Annual report of the Bengal Veterinary College and of the Civil Veterinary Department, Bengal, for the year 1899-1900 - 1899-1900
Year: 1899
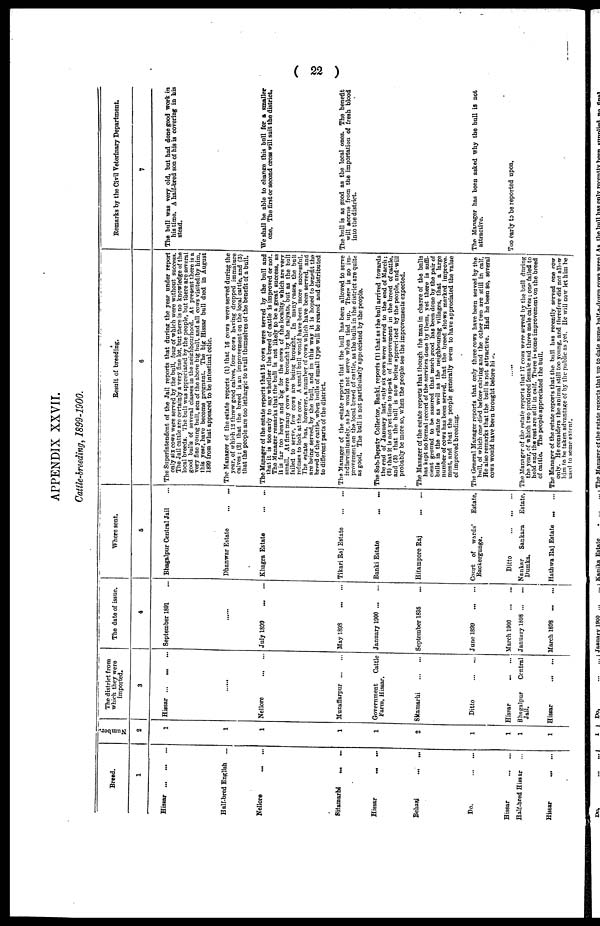
( 22 )
APPENDIX XXVII.
Cattle-breeding, 1899-1900.
Breed.
1
Hissar ... ... ...
Half-bred English ...
Nellore ... ...
Sitamarhi ... ...
Hissar ... ...
Behasi ... ...
Do. ... ...
Hissar ... ...
Half-bred Hissar ...
Hissar ... ...
Number.
2
1
1
1
1
1
2
1
1
1
1
The district from
which they were
imported.
3
Hisssar ... ... ...
......
Nellore ... ...
Muzaffarpur ... ...
Government
Cattle
Farm, Hissar.
Sitamarhi ... ...
Ditto ... ...
Hissar ... ...
Bhagalpur
Central
Jail.
Hissar ... ...
The date of issue.
4
September 1891
......
July 1899 ... ...
May 1898 ... ...
January 1900 ... ...
September 1895 ...
June 1899 ... ...
March 1900 ... ...
January 1898 ... ...
March 1898 ... ...
"Where sent.
5
Bhagalpur Central Jail ...
Dhanwar Estate ... ...
Khagra Estate ... ...
Tikari Raj Estate ... ...
Banki Estate ... ...
Hitampore Raj ... ...
Court of wards'
Estate,
Backergunge.
Ditto ... ... ...
Nankar
Sankara
Estate,
Dumka.
Hathwa Raj Estate ... ...
Result of breeding.
6
The Superintendent of the Jail reports that during the year under report
only six cows were served by the bull, four of which were without success.
The Jail cattle are certainly a very fine lot, but there is no knowledge of the
local breeds. The bull was appreciated by the people, but there are several
good bulls of several classes in the neighbourhood. At present there is a
very fine young bull, son of the above big bull, and all cows visitedlby him,
this year, have become pregnant. The big Hissar bull died in August
1899 from what appeared to be intestinal colic.
The Manager of the estate reports (1) that 16 cows were served during the
year, of which 12 threw good calves, four cows having dropped immature
calves; (2) that the breed is an improvement on the local cattle, and (3)
that the people are too lethargic to avail themselves of the benefit of a bull.
The Manager of the estate reports that 15 cows were served by the bull and
that it is too early to say whether the breed of cattle is improved or not.
The Manager remarks that the bull is not likely to be a great success, as
it is far too heavy and big for the cows of the locality, which are very
small. At first many cows were brought by the raiyats, but as the bull
failed to serve, few cows are being brought. In many cases, the bull
refuses to look at the cow. A small bull would have been more successful.
The estate has, however, a number of cows which have been served, and
are being served, by the bull, and in this way it is hoped to benefit the
breed of the cattle, when bulls of small type will be reared and distributed
to different parts of the district.
The Manager of the estate reports that the bull has been allowed to serve
indiscriminately, as he would not serve when tied up. There is no im-
provement on the local breed of cattle, as the bulls in the district are quite
as good. The bull is not particularly appreciated by the people.
The Sub-Deputy Collector, Banki, reports (1) that as the bull arrived towards
the end of January last, only six cows were served to the end of March;
(2) that it is not yet time to speak of improvement in the breed of cattle,
and (3) that the bull is now being appreciated by the people, and will
probably be more so, when the people see the improvements expected.
The Manager of the estate reports that though the man in charge of the bulls
has kept no formal record of the services done by them, yet there is suffi-
cient ground to be assured that much good has been done by the pair of
bulls in the estate as well as the neighbouring villages, that a large
number of cows has been served, that the breed shows marked improve-
ment, and that the people generally seem to have appreciated the value
of improved breeding.
The General Manager reports that only three cows have been served by the
bull, of which one died before calving and the other two are still in calf.
He also remarks that the bull is not attractive. Had he been so, several
cows would have been brought before him.
The Manager of the estate reports that 17 cows were served by the bull during
the year, of which two produced female and three male calves; one failed to
hold and the rest are still in calf. There is some improvement on the breed
of cattle. The people appreciated the bull.
The Manager of the estate reports that the bull has recently served one row
only. He considers the animal still too young, and therefore did not allow
him to be taken advantage of by the public as yet. He will now let him be
used to some extent.
Remarks by the Civil Veterinary Department.
7
The bull was very old, but had done good work in
his time. A half-bred son of his is covering in his
stead.
We shall be able to change this bull for a smaller
one. The first or second cross will suit the district.
The bull is as good as the local ones. The benefit
will accrue from the importation of fresh blood
into the district.
The Manager has been asked why the bull is not
attractive.
Too early to be reported upon.